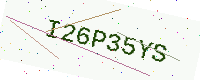
Text: I26P35YS